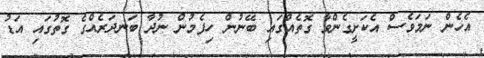
އެހެން ނަމަވެސް އެކަށީގެންވާ ގޮތެއްގައި ބޭނުން ހިފެމުން ނުދާ ބަނދަރެއްގެ ގޮތުގައި އަޑު